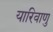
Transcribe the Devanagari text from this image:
यारिवाणु